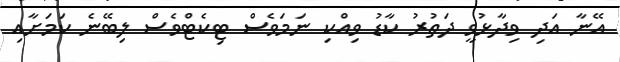
އޭނާ އަދި ވިދާޅުވީ ދަތުރު ކާޑު ވިއްކި ނަމަވެސް ޓިކެޓްވެސް ލިބޭނެ ކަމަށާއި